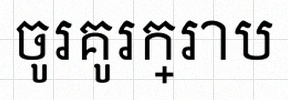
ចូរគូរក្រាប